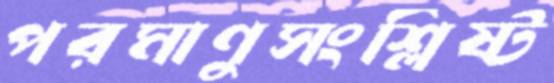
পরমাণুসংশ্লিষ্ট